Annual vaccination report of Bihar and Orissa - 1911-1928
Year: 1911
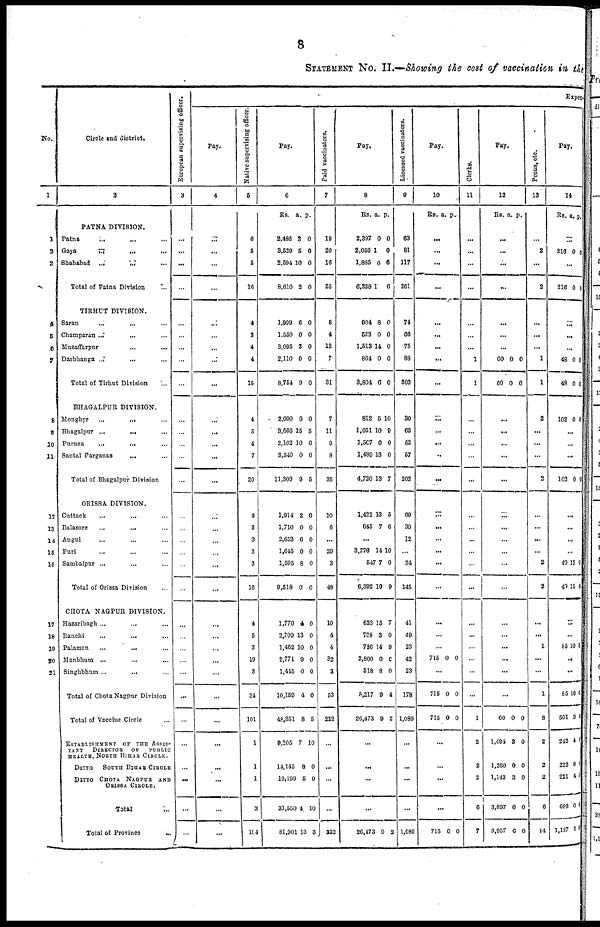
8
STATEMENT No. II.—Showing the cost of vaccination in the
No.
1
1
2
3
4
5
6
7
8
9
10
11
12
13
14
15
16
17
18
19
20
21
Circle and district.
2
PATNA DIVISION.
Patna
...
...
...
Gaya
...
...
...
Shahabad
...
...
...
Total of Patna Division ...
TIRHUT DIVISION.
Saran
... ... ...
Champaran ...
... ...
Muzaffarpur
...
... ...
Darbhanga ...
... ...
Total of Tirhut Division ...
BHAGALPUR DIVISION.
Monghyr
...
... ...
Bhagalpur ... ... ...
Purnea
...
... ...
Santal Parganas
... ...
Total of Bhagalpur Division
ORISSA DIVISION.
Cuttack ... ... ...
Balasore
...
... ...
Angul ... ... ...
Puri ... ... ...
Sambalpur ... ... ...
Total of Orissa Division ...
CHOTA NAGPUR DIVISION.
Hazaribagh ... ... ...
Ranchi
...
... ...
Palaman
...
... ...
Manbhum ...
... ...
Singhbhum...
... ...
Total of Chota Nagpur Division
Total of Vaccine Circle ...
ESTABLISHMENT
OF THE ASSIS-
TANT
DIRECTOR
OF
PUBLIC
HEALTH, NORTH BIHAR CIRCLE.
DITTO SOUTH BIHAR CIRCLE
DITTO CHOTA NAGPUR AND
ORISSA CIRCLE.
Total ...
Total of Province
...
European supervising officer.
3
...
...
...
...
...
...
...
...
...
...
...
...
...
...
...
...
...
...
...
...
...
...
...
...
...
...
...
...
...
...
...
...
Expen¬
Pay.
4
...
...
...
...
...
...
...
...
...
...
...
...
...
...
...
...
...
...
...
...
...
...
...
...
...
...
...
...
...
...
...
...
Native supervising officer.
5
6
5
5
16
4
3
4
4
15
4
5
4
7
20
4
3
3
3
3
16
4
5
3
19
3
34
101
1
1
1
3
104
Pay.
6
Rs. a. p.
2,486
3,529
2,594
8,610
3
5
10
2
0
0
0
0
1,999
1,550
3,095
2,110
8,754
6
0
3
0
9
0
0
0
0
0
2,000
3,666
2,102
3,540
11,309
0
15
10
0
9
0
5
0
0
5
1,914
1,710
2,653
1,645
1,595
9,518
2
0
6
0
8
0
0
0
0
0
0
0
1,770
2,709
1,462
2,771
1,415
10,159
48,351
9,205
14,145
10,199
33,550
81,901
4
13
10
0
0
4
8
7
8
5
4
13
0
0
0
0
0
0
5
10
0
0
10
3
Paid vaccinators.
7
19
20
16
55
8
4
12
7
31
7
11
9
8
35
10
6
...
29
3
48
10
4
4
32
3
53
222
...
...
...
...
222
Pay.
8
RS. a. p.
2,397
2,056
1,885
6,338
0
1
0
1
0
0
6
6
904
522
1,513
864
3,804
8
0
14
0
6
0
0
0
0
0
812
1,051
1,367
1,489
4,720
5
10
0
13
13
10
9
0
0
7
3,422
645
13
7
5
6
...
3,770
547
6,392
14
7
10
10
0
9
623
738
736
2,800
318
5,217
26,473
15
3
14
0
8
9
9
7
0
0
0
0
4
2
...
...
...
...
26,473 9 2
Licensed vaccinators.
9
63
81
117
261
74
66
75
88
303
30
63
52
57
202
69
30
12
...
34
145
41
49
23
42
23
178
1,089
...
...
...
...
1,089
Pay.
10
Rs. a. p.
...
...
...
...
...
...
...
...
...
...
...
...
...
...
...
...
...
...
...
...
...
...
...
715 0 0
...
715
715
0
0
0
0
...
...
...
...
715 0 0
Clerks.
11
...
...
...
...
...
...
...
1
1
...
...
...
...
...
...
...
...
...
...
...
...
...
...
...
...
...
1
2
2
2
6
7
Pay.
12
Rs. a. p.
...
...
...
...
...
...
...
60
60
0
0
0
0
...
...
...
...
...
...
...
...
...
...
...
...
...
...
...
...
...
60
1,494
1,260
1,143
3,897
3,957
0
3
0
3
6
6
0
0
0
0
0
0
Peons, etc
13
...
2
...
2
...
...
...
1
1
2
...
...
...
2
...
...
...
...
2
2
...
...
1
...
...
1
8
2
2
2
6
14
Pay.
14
Rs. a. p.
...
216 0 0
...
216 0 0
...
...
...
48
48
0
0
0
0
102 0 0
...
...
...
102 0 0
...
...
...
...
49
49
15
15
0
0
...
...
85 10 0
...
...
85
501
243
222
221
686
1,187
10
9
4
8
4
0
9
0
4
0
4
4
6
6